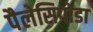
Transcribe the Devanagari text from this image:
पैलेसिपोडा